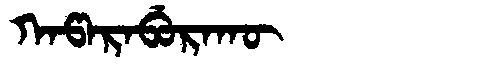
Manchu: ᡴᠠᡦᠠᡵᠠᠪᡠᡵᠠᡴᡡ
Romanization: KAPARABURAKŪ